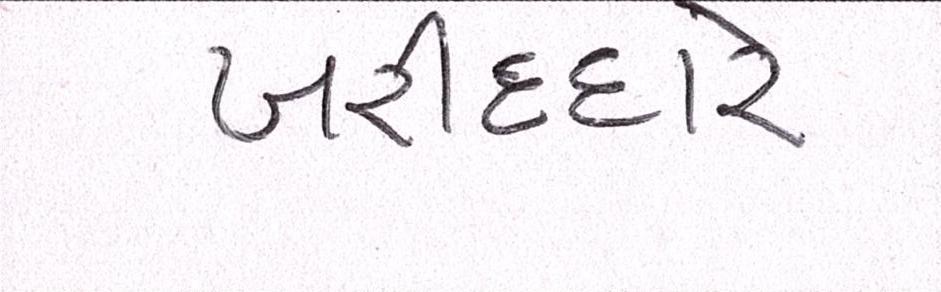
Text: ખરીદદારે